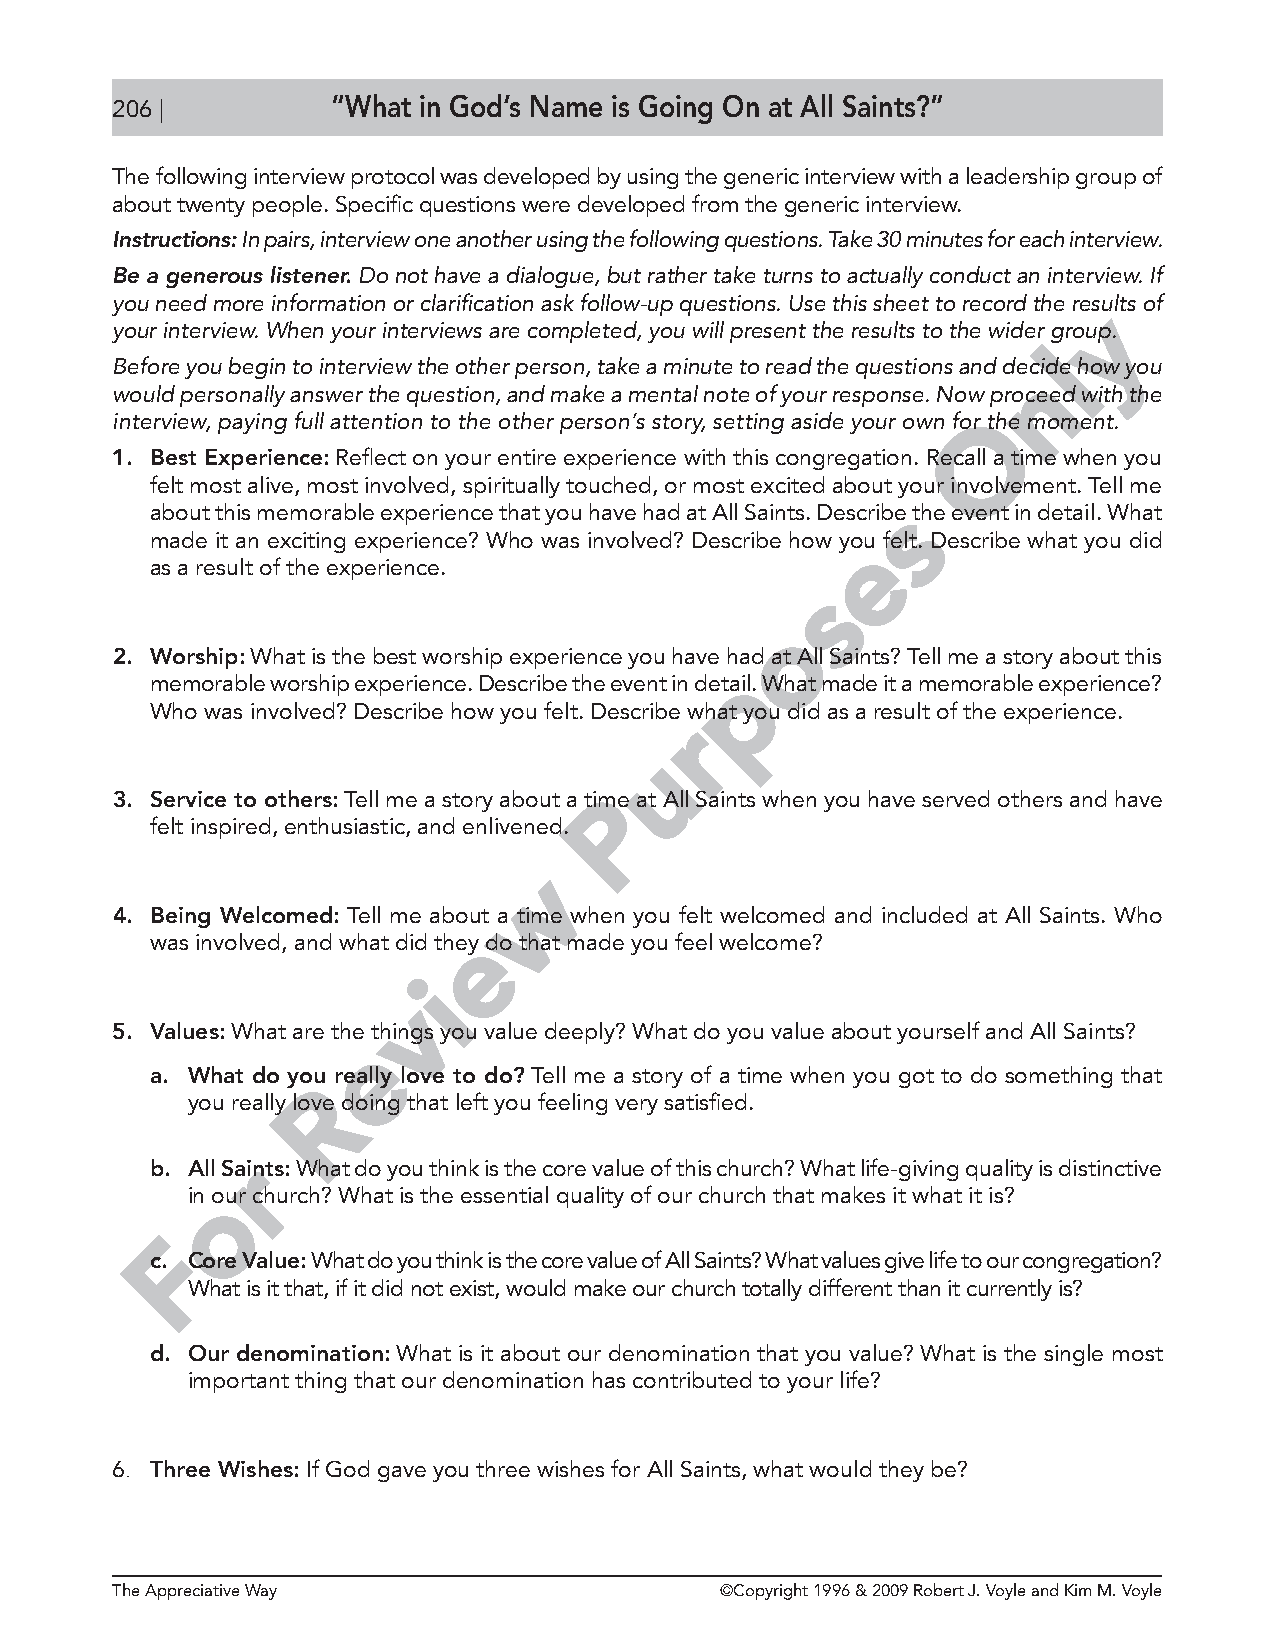
206 |          “What in God’s Name is Going On at All Saints?”
 The following interview protocol was developed by using the generic interview with a leadership group of
 about twenty people. Specific questions were developed from the generic interview.
 Instructions: In pairs, interview one another using the following questions. Take 30 minutes for each interview.
 Be a generous listener. Do not have a dialogue, but rather take turns to actually conduct an interview. If
 you need more information or clarification ask follow-up questions. Use this sheet to record the reysults of
 your interview. When your interviews are completed, you will present the results to the wider group.
 l
 Before you begin to interview the other person, take a minute to read the questions and dencide how you
 would personally answer the question, and make a mental note of your response. Now proceed with the
 interview, paying full attention to the other person’s story, setting aside your own for Othe moment.
 1. Best Experience: Reflect on your entire experience with this congregation. Recall a time when you
 felt most alive, most involved, spiritually touched, or most excited about yo ur involvement. Tell me
 about this memorable experience that you have had at All Saints. Describse the event in detail. What
 made it an exciting experience? Who was involved? Describe how yoeu felt. Describe what you did
 as a result of the experience.
 s
 o
 2. Worship: What is the best worship experience you have had at All Saints? Tell me a story about this
 p
 memorable worship experience. Describe the event in detail. What made it a memorable experience?
 Who was involved? Describe how you felt. Describe what you did as a result of the experience.
 r
 u
 3. Service to others: Tell me a story about a timPe at All Saints when you have served others and have
 felt inspired, enthusiastic, and enlivened.
 w
 4. Being Welcomed: Tell me about a time when you felt welcomed and included at All Saints. Who
 e
 was involved, and what did they do that made you feel welcome?
 i
 v
 5. Values: What are the things you value deeply? What do you value about yourself and All Saints?
 e
 a. What do you really love to do? Tell me a story of a time when you got to do something that
 R
 you really love doing that left you feeling very satisfied.
 r
 b. All Saints: What do you think is the core value of this church? What life-giving quality is distinctive
 in oour church? What is the essential quality of our church that makes it what it is?
 F
 c. Core Value: What do you think is the core value of All Saints? What values give life to our congregation?
 What is it that, if it did not exist, would make our church totally different than it currently is?
 d. Our denomination: What is it about our denomination that you value? What is the single most
 important thing that our denomination has contributed to your life?
 6. Three Wishes: If God gave you three wishes for All Saints, what would they be?
 The Appreciative Way                     ©Copyright 1996 & 2009 Robert J. Voyle and Kim M. Voyle